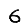
Digit: 6